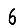
Digit: 6